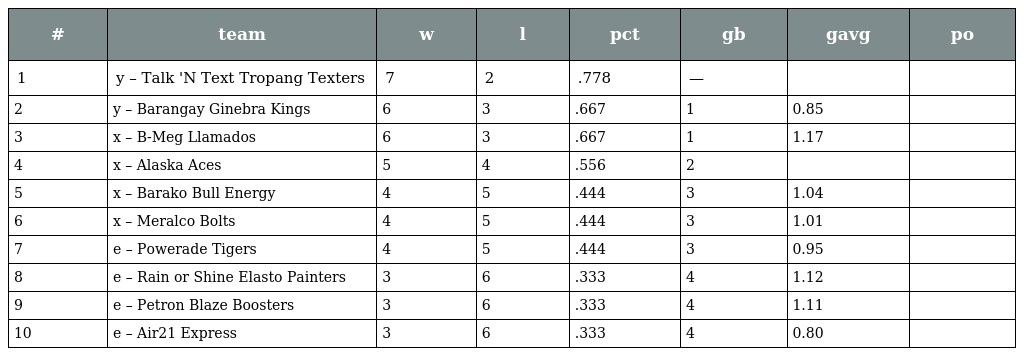
| # | team | w | l | pct | gb | gavg | po |
 | --- | --- | --- | --- | --- | --- | --- | --- |
 | 1 | y – Talk 'N Text Tropang Texters | 7 | 2 | .778 | — |  |  |
 | 2 | y – Barangay Ginebra Kings | 6 | 3 | .667 | 1 | 0.85 |  |
 | 3 | x – B-Meg Llamados | 6 | 3 | .667 | 1 | 1.17 |  |
 | 4 | x – Alaska Aces | 5 | 4 | .556 | 2 |  |  |
 | 5 | x – Barako Bull Energy | 4 | 5 | .444 | 3 | 1.04 |  |
 | 6 | x – Meralco Bolts | 4 | 5 | .444 | 3 | 1.01 |  |
 | 7 | e – Powerade Tigers | 4 | 5 | .444 | 3 | 0.95 |  |
 | 8 | e – Rain or Shine Elasto Painters | 3 | 6 | .333 | 4 | 1.12 |  |
 | 9 | e – Petron Blaze Boosters | 3 | 6 | .333 | 4 | 1.11 |  |
 | 10 | e – Air21 Express | 3 | 6 | .333 | 4 | 0.80 |  |